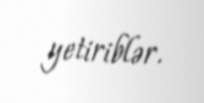
yetiriblər.